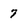
Character: 7